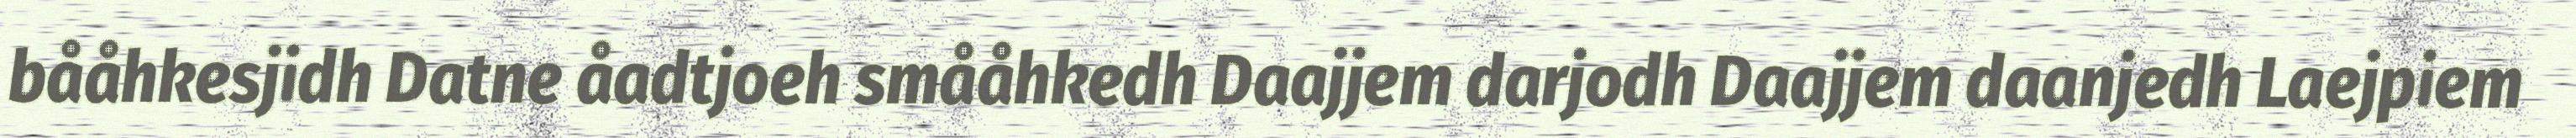
bååhkesjidh Datne åadtjoeh smååhkedh Daajjem darjodh Daajjem daanjedh Laejpiem